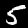
Label: 5